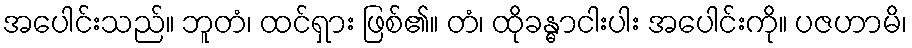
အပေါင်းသည်။ ဘူတံ၊ ထင်ရှား ဖြစ်၏။ တံ၊ ထိုခန္ဓာငါးပါး အပေါင်းကို။ ပဇဟာမိ၊